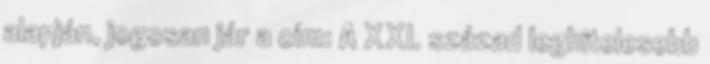
alapján, jogosan jár a cím: A XXI. század leghitelesebb